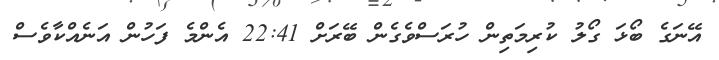
އޭނަގެ ބޯޅަ ގޯލު ކުރިމަތިން ހުރަސްވެގެން ބޭރަށް 22:41 އެންމެ ފަހުން އަނެއްކާވެސް